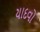
યાદવો